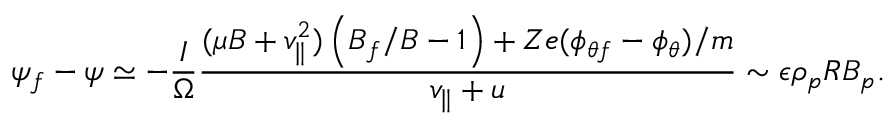
\psi _ { f } - \psi \simeq - \frac { I } { \Omega } \frac { ( \mu B + v _ { \parallel } ^ { 2 } ) \left( B _ { f } / B - 1 \right) + Z e ( \phi _ { \theta f } - \phi _ { \theta } ) / m } { v _ { \parallel } + u } \sim \epsilon \rho _ { p } R B _ { p } .